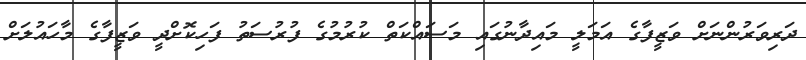
ދަރިވަރުންނަށް ވަޒީފާގެ އަމަލީ މައިދާނުގައި މަސައްކަތް ކުރުމުގެ ފުރުސަތު ފަހިކޮށްދީ ވަޒީފާގެ މާހައުލަށް